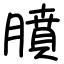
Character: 膹